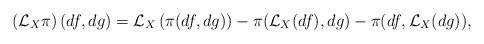
LaTeX: \begin{align*}\left(\mathcal{L}_{X}\pi\right)(df,dg) = \mathcal{L}_{X}\left(\pi(df,dg)\right) -\pi (\mathcal{L}_{X}(df), dg)-\pi (df, \mathcal{L}_{X}(dg)),\end{align*}